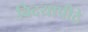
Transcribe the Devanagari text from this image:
विदयापीठे